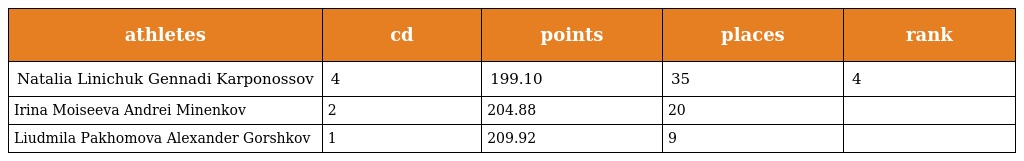
| athletes | cd | points | places | rank |
 | --- | --- | --- | --- | --- |
 | Natalia Linichuk Gennadi Karponossov | 4 | 199.10 | 35 | 4 |
 | Irina Moiseeva Andrei Minenkov | 2 | 204.88 | 20 |  |
 | Liudmila Pakhomova Alexander Gorshkov | 1 | 209.92 | 9 |  |